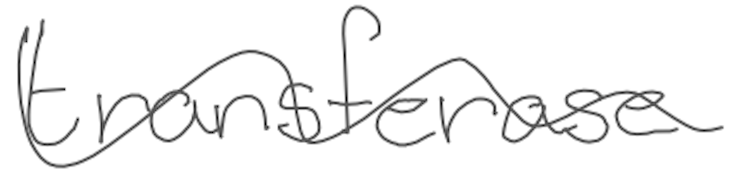
Text: transferase
Cross-out: wave
Writing tool: digital_gray